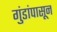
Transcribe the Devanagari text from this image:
गुंडांपासून